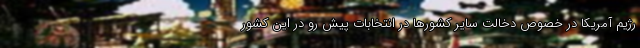
رژیم آمریکا در خصوص دخالت سایر کشورها در انتخابات پیش رو در این کشور